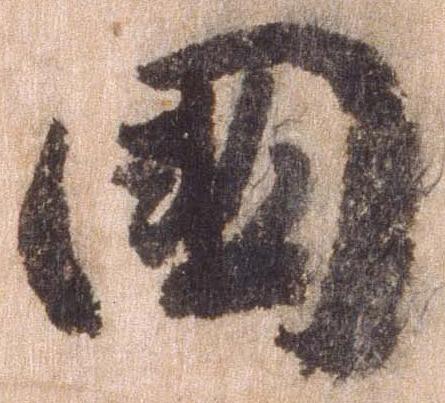
国